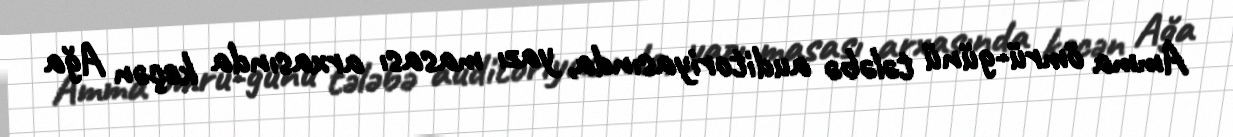
Amma ömrü-günü tələbə auditoriyasında, yazı masası arxasında keçən Ağa